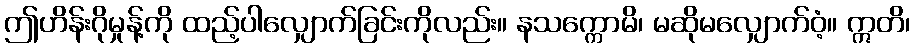
ဤဟိန်းဂိုမှုန့်ကို ထည့်ပါလျှောက်ခြင်းကိုလည်း။ နသက္ကောမိ၊ မဆိုမလျှောက်ဝံ့။ ဣတိ၊